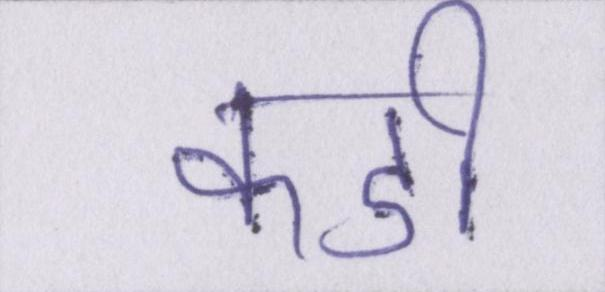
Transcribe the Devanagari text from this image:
कडी